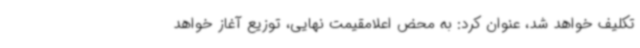
تکلیف خواهد شد، عنوان کرد: به محض اعلامقیمت نهایی، توزیع آغاز خواهد